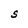
Character: S